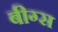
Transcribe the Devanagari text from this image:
बीग्स